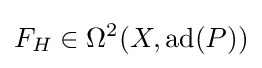
F_{H}\in \Omega ^{2}(X,\operatorname {ad} (P))